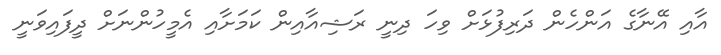
އާއި އޭނާގެ އަންހެން ދަރިފުޅަށް ވިހަ ދިނީ ރަޝިއާއިން ކަމަށާއި އެމީހުންނަށް ދީފައިވަނީ